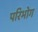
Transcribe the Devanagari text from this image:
परिभोग